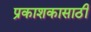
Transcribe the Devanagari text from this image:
प्रकाशकासाठी